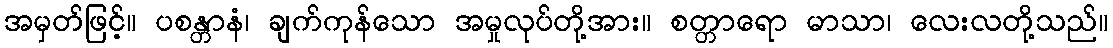
အမှတ်ဖြင့်။ ပစန္တာနံ၊ ချက်ကုန်သော အမှုလုပ်တို့အား။ စတ္တာရော မာသာ၊ လေးလတို့သည်။